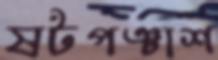
ষটপঞ্চাশ